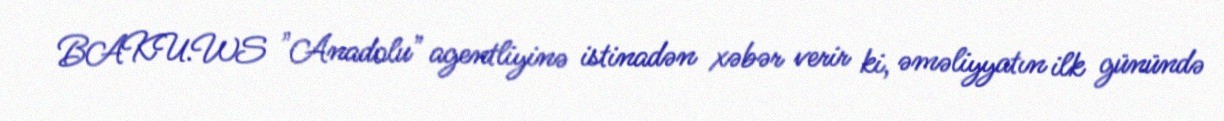
BAKU.WS "Anadolu" agentliyinə istinadən xəbər verir ki, əməliyyatın ilk günündə